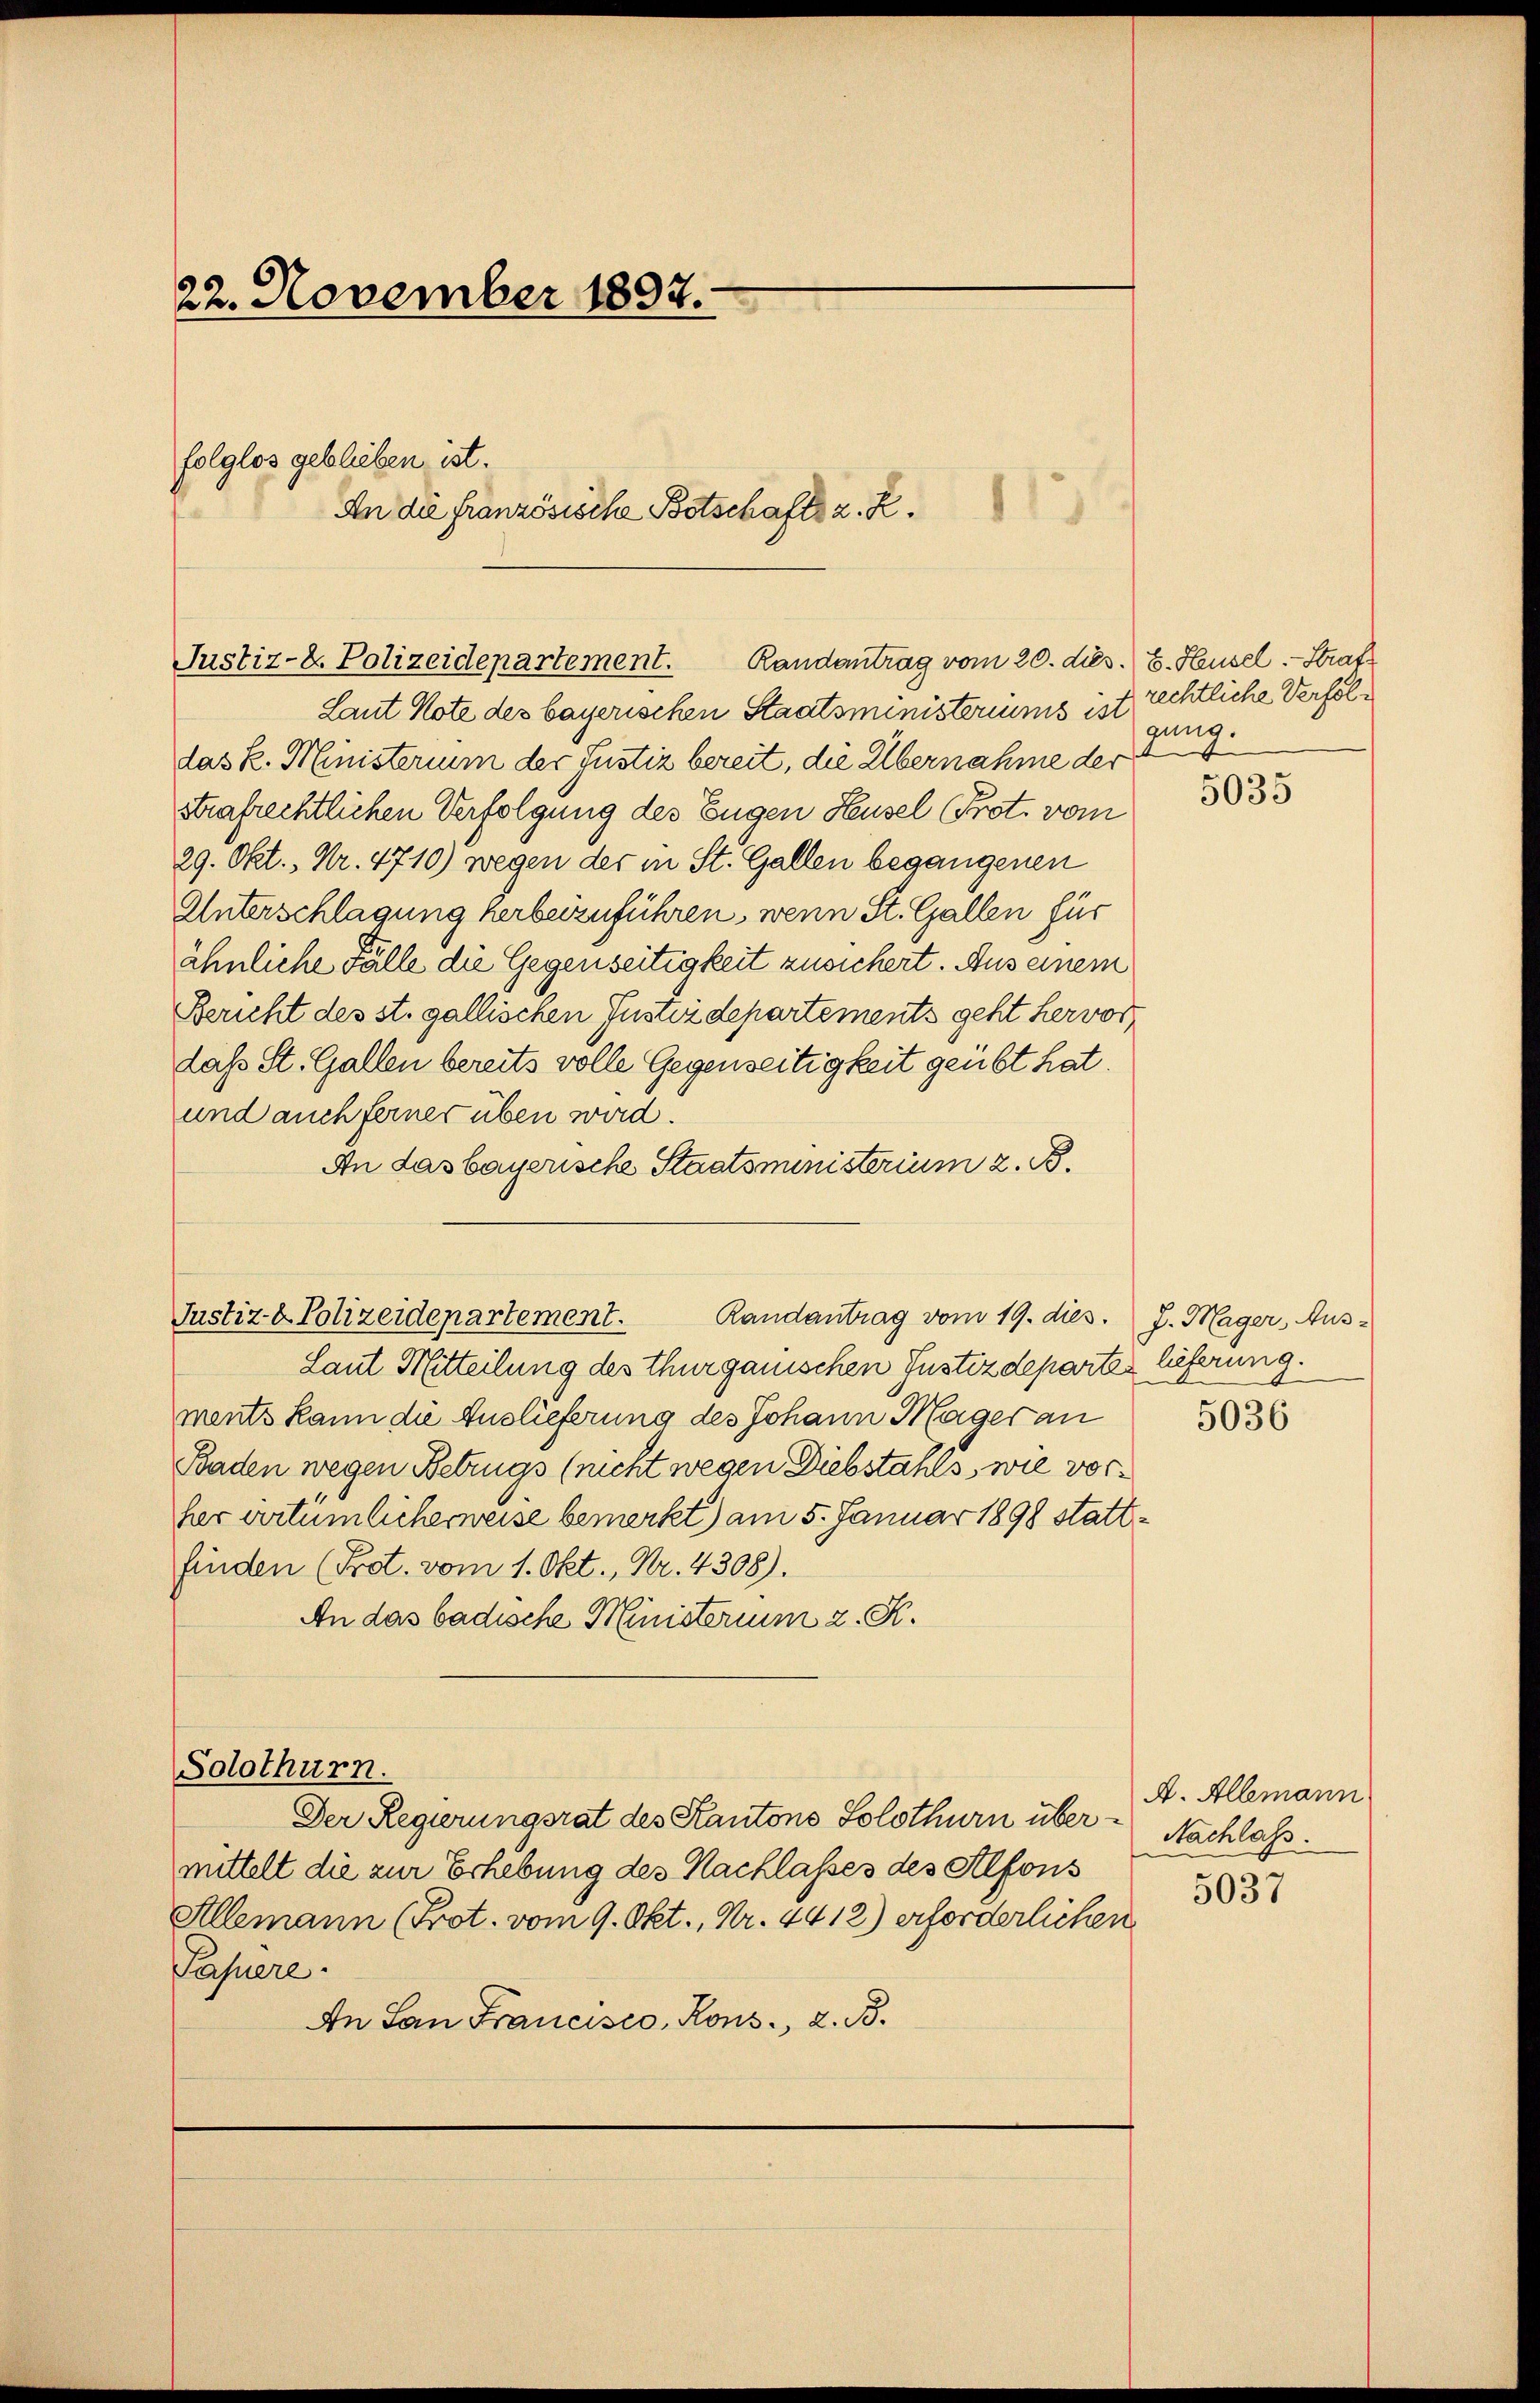
22. November 1897.

folglos geblieben ist.

An die französische Botschafts z. Z.

Justiz- & Polizeidepartement. Randantrag vom 20. dies. E. Heusel-Straf

Laut Note des bayerischen Staatsministeriums ist
das k. Ministerium der Justiz bereit, die Übernahme der
strafrechtlichen Verfolgung des Eugen Heusel Prot. vom
29. Okt., Nr. 4710) wegen der in St. Gallen begangenen
Unterschlagung herbeizuführen, wenn St. Gallen für
ähnliche Fälle die Gegenseitigkeit zusichert. Aus einem
Bericht des st. gallischen Justizdepartements geht hervor
dass St. Gallen bereits volle Gegenseitigkeit geübt hat.
und auch ferner üben wird.
An das bayerische Staatsministerium z. B.

Justiz- & Polizeidepartement. Randantrag vom 19. dies. J. Mager, Aus-

d

Laut Mitteilung des Thurgauischen Justizdepartes lieferung.
ments kann die Auslieferung des Johann Mager an
Baden wegen Betrugs (nicht wegen Diebstahls, wie vorher urtümlicherweise bemerkt) am 5. Januar 1898 stattfinden (Prot. vom 1. Okt., Nr. 4308).
An das badische Ministerium 2. K.
Solothurn.
Der Regierungsrat des Kantons Solothurn übermittelt die zur Erhebung des Nachlasses des Alfons
Allemann (Prot. vom 9. Okt., Nr. 4412) erforderlichen
Papiere.
An San Francisco, Kons., 2. B.

rechtliche Verfolgung.
.

5035

5036

A. Allemann
Nachlass.
5037